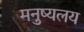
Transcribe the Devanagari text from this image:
मनुष्यलय